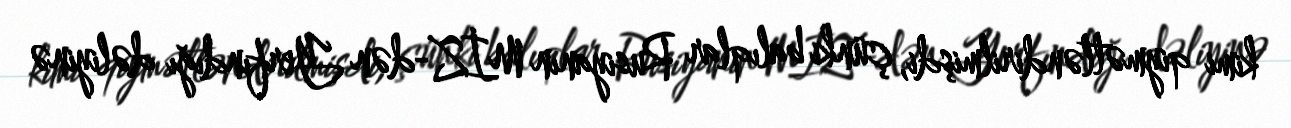
kimi qiymətləndirilmişdi, çünki balıqlar Rusiyanın MİZ-dən Yerfındığı dəliyinə